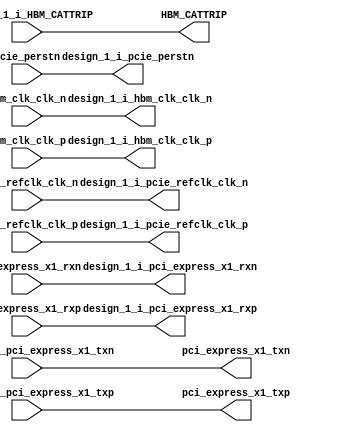
module __rs_design_1_wrapper_aux (
    output wire HBM_CATTRIP,
    input wire  hbm_clk_clk_n,
    input wire  hbm_clk_clk_p,
    input wire  pci_express_x1_rxn,
    input wire  pci_express_x1_rxp,
    output wire pci_express_x1_txn,
    output wire pci_express_x1_txp,
    input wire  pcie_perstn,
    input wire  pcie_refclk_clk_n,
    input wire  pcie_refclk_clk_p,
    input wire  design_1_i_HBM_CATTRIP,
    output wire design_1_i_hbm_clk_clk_n,
    output wire design_1_i_hbm_clk_clk_p,
    output wire design_1_i_pci_express_x1_rxn,
    output wire design_1_i_pci_express_x1_rxp,
    input wire  design_1_i_pci_express_x1_txn,
    input wire  design_1_i_pci_express_x1_txp,
    output wire design_1_i_pcie_perstn,
    output wire design_1_i_pcie_refclk_clk_n,
    output wire design_1_i_pcie_refclk_clk_p
);
  wire HBM_CATTRIP;
  wire hbm_clk_clk_n;
  wire hbm_clk_clk_p;
  wire pci_express_x1_rxn;
  wire pci_express_x1_rxp;
  wire pci_express_x1_txn;
  wire pci_express_x1_txp;
  wire pcie_perstn;
  wire pcie_refclk_clk_n;
  wire pcie_refclk_clk_p;
  assign HBM_CATTRIP = design_1_i_HBM_CATTRIP;
  assign design_1_i_hbm_clk_clk_n = hbm_clk_clk_n;
  assign design_1_i_hbm_clk_clk_p = hbm_clk_clk_p;
  assign design_1_i_pci_express_x1_rxn = pci_express_x1_rxn;
  assign design_1_i_pci_express_x1_rxp = pci_express_x1_rxp;
  assign pci_express_x1_txn = design_1_i_pci_express_x1_txn;
  assign pci_express_x1_txp = design_1_i_pci_express_x1_txp;
  assign design_1_i_pcie_perstn = pcie_perstn;
  assign design_1_i_pcie_refclk_clk_n = pcie_refclk_clk_n;
  assign design_1_i_pcie_refclk_clk_p = pcie_refclk_clk_p;
endmodule